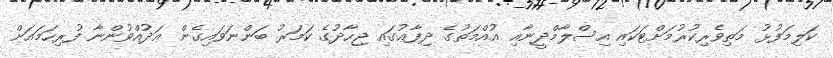
ކަލިމަފުޅު މަތިވެރިކުރުމަށްޓަކައި އިސްލާމްދީނާއި އުއްމަތުގެ ދިފާޢުގައި ޖިހާދުގެ ކަމަރު ބަންނަވައިގެން ޢަދުއްވުންނާ ފުރިހަމައަށް